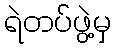
ရဲတပ်ဖွဲ့မှ